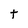
Character: t